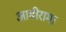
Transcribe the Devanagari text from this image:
आबीरामा